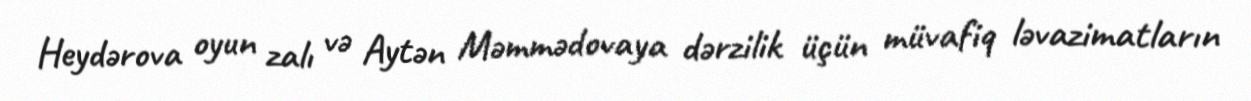
Heydərova oyun zalı və Aytən Məmmədovaya dərzilik üçün müvafiq ləvazimatların